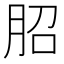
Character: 𦚔